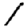
Digit: 1